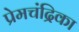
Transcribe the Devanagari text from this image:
प्रेमचंद्रिका